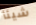
شيئأ